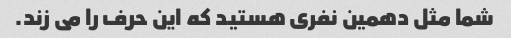
شما مثل دهمین نفری هستید که این حرف را می زند.